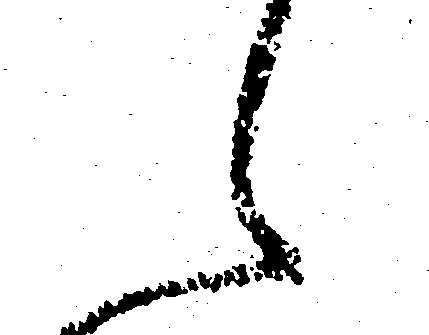
え